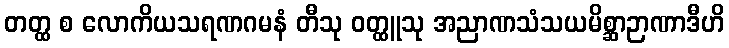
တတ္ထ စ လောကိယသရဏဂမနံ တီသု ဝတ္ထူသု အညာဏသံသယမိစ္ဆာဉာဏာဒီဟိ